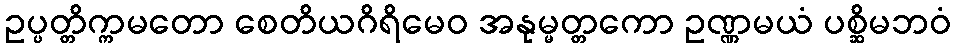
ဥပ္ပတ္တိက္ကမတော စေတိယဂိရိမေဝ အနုမ္မတ္တကော ဥဏ္ဏမယံ ပစ္ဆိမဘဝံ